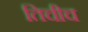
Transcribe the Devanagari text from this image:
तिचीच